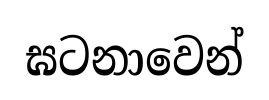
ඝටනාවෙන්